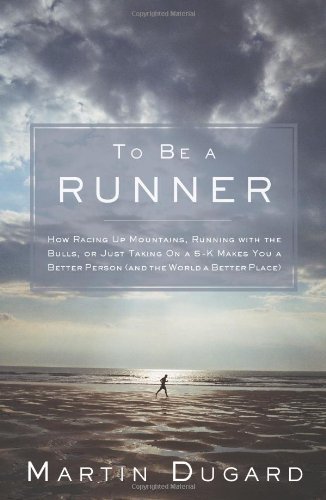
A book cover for To Be a Runner: How Racing Up Mountains, Running with the Bulls, or Just Taking On a 5-K Makes You a Better Person (and the World a Better Place); Martin Dugard; Sports & Outdoors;